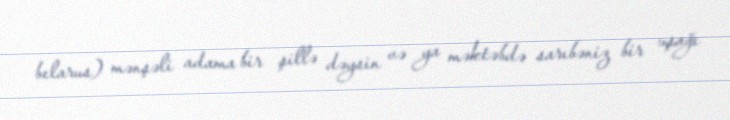
belarus) mənşəli adama bir şillə dəysin və ya məktəbdə sarıbəniz bir uşağı